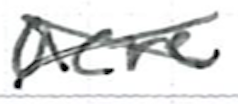
Text: acre
Cross-out: cross
Writing tool: ballpoint